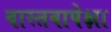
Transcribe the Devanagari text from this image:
वास्तवापेक्षा